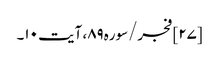
[۲۷] فجر/سوره۸۹، آیت ۱۰۔